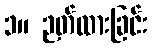
၁။ ဉတ်ထားခြင်း